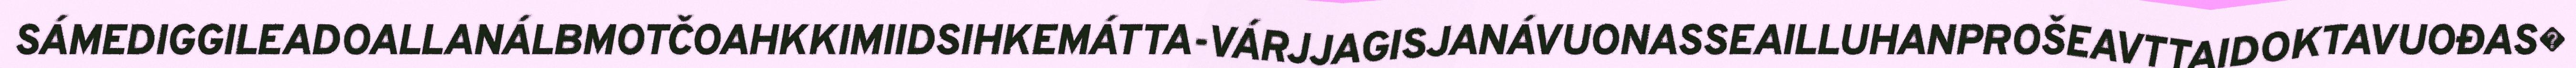
SÁMEDIGGILEADOALLANÁLBMOTČOAHKKIMIIDSIHKEMÁTTA-VÁRJJAGISJANÁVUONASSEAILLUHANPROŠEAVTTAIDOKTAVUOĐAS�